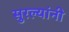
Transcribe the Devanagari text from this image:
सुरल्यांनी